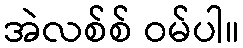
အဲလစ်စ် ဝမ်ပါ။